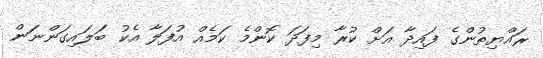
ރައްޔިތުންގެ ފައިދާ އަށް ކުރާ މިފަދަ ކޮންމެ ކަމެއް އުފަލާ އެކު ބަލައިގަންނަން